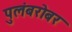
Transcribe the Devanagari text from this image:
पुलंबरोबर